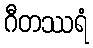
ဂီတဿရံ